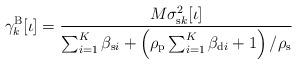
LaTeX: \begin{align*}\gamma_k^\mathrm{B}[\iota] = \frac{M\sigma_{\mathrm{s}k}^2[\iota]}{\sum_{i=1}^{K}\beta_{\mathrm{s}i}+\left(\rho_\mathrm{p}\sum_{i=1}^{K}\beta_{\mathrm{d}i}+1\right)/\rho_\mathrm{s}}\end{align*}